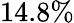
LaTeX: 14.8\%